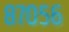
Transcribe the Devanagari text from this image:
८७०५६